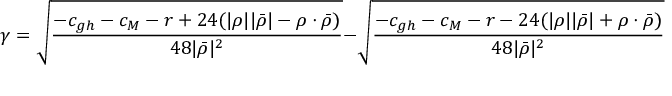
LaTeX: \gamma = \sqrt { \frac { - c _ { g h } - c _ { M } - r + 2 4 ( | \rho | | \bar { \rho } | - \rho \cdot \bar { \rho } ) } { 4 8 | \bar { \rho } | ^ { 2 } } } - \sqrt { \frac { - c _ { g h } - c _ { M } - r - 2 4 ( | \rho | | \bar { \rho } | + \rho \cdot \bar { \rho } ) } { 4 8 | \bar { \rho } | ^ { 2 } } } ~ ,